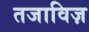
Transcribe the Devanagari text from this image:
तजाविज़